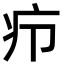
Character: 疖